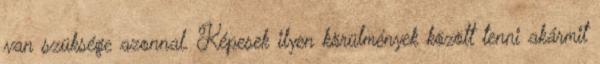
van szüksége azonnal. Képesek ilyen körülmények között tenni akármit